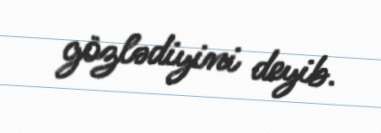
gözlədiyini deyib.